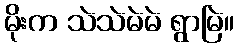
မိုးက သဲသဲမဲမဲ ရွာမြဲ။